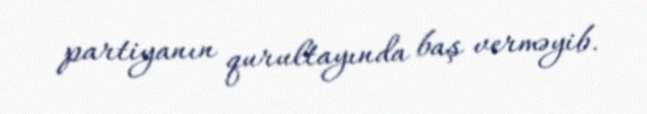
partiyanın qurultayında baş verməyib.